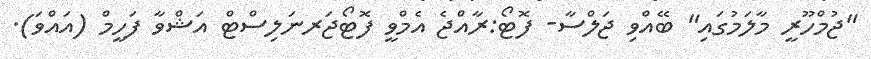
"ޖުމްހޫރީ މާލަމުގައި" ބޭއްވި ޖަލްސާ- ފޮޓޯ:ރާއްޖެ އެމްވީ ފޮޓޯޖަރނަލިސްޓް އަޝްވާ ފަހީމް (އައްވަ).